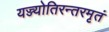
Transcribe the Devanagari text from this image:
यज्ज्योतिरन्तरमृतं